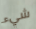
شيء